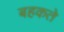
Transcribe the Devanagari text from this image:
बहकते